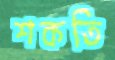
শকতি